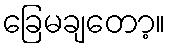
ခြေမချတော့။